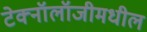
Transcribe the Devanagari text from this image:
टेक्नॉलॉजीमधील